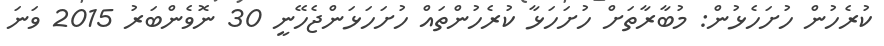
ކުރެހުން ހުށަހެޅުން: މުބާރާތަށް ހުށަހަޅާ ކުރެހުންތައް ހުށަހަޅަންޖެހޭނީ 30 ނޮވެންބަރު 2015 ވަނަ